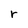
Character: r